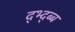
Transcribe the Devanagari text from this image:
द्भ्द्ब्ब